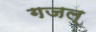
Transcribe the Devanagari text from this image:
गजल्